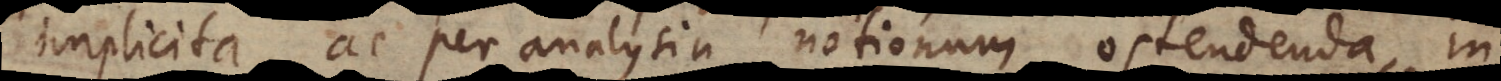
implicita, ac per analysin notionum ostendenda, in